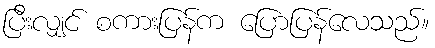
ပြီးလျှင် စကားပြန်က ပြောပြန်လေသည်။